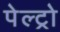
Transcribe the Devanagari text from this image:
पेल्ट्रो